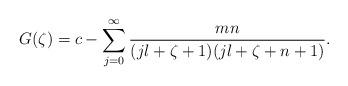
LaTeX: \begin{align*}G(\zeta)=c-\sum_{j=0}^{\infty}\frac{mn}{(jl+\zeta+1)(jl+\zeta+n+1)}.\end{align*}